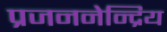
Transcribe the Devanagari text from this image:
प्रजननेन्द्रिय